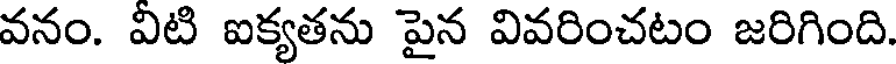
వనం. విటి ఐక్యతను పైన వివరించటం జరిగింది.